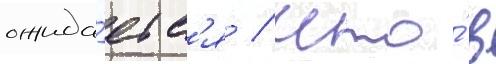
ожида́етс'я / что́ в